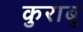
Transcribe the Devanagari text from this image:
कुराबु